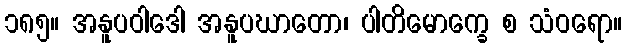
၁၈၅။ အနူပဝါဒေါ အနူပဃာတော၊ ပါတိမောက္ခေ စ သံဝရော။